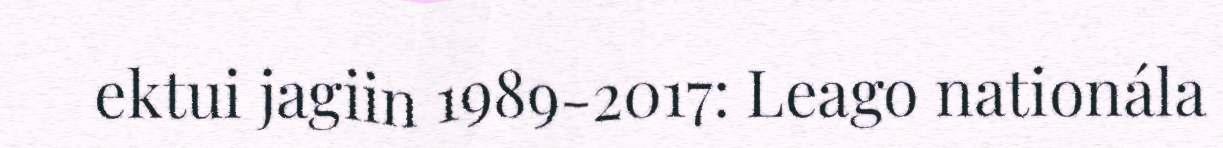
ektui jagiin 1989-2017: Leago nationála